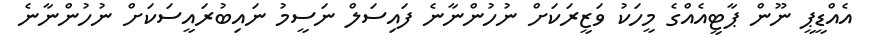
އެއްޑީޕީ ނޫން ޕާޓީއެއްގެ މީހަކު ވަޒީރަކަށް ނުހުންނާނެ ފައިސަލް ނަސީމު ނައިބުރައީސަކަށް ނުހުންނާނެ